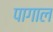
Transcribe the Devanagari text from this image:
पागाल